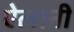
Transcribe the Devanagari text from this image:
ऐलानी